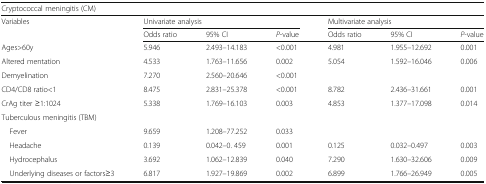
<table><thead><tr><td colspan="7"><b>Cryptococcal meningitis (CM)</b></td></tr><tr><td rowspan="2"><b>Variables</b></td><td colspan="3"><b>Univariate analysis</b></td><td colspan="3"><b>Multivariate analysis</b></td></tr><tr><td><b>Odds ratio</b></td><td><b>95% CI</b></td><td><b><i>P</i>-value</b></td><td><b>Odds ratio</b></td><td><b>95% CI</b></td><td><b><i>P</i>-value</b></td></tr></thead><tbody><tr><td>Ages&gt;60y</td><td>5.946</td><td>2.493–14.183</td><td>&lt;0.001</td><td>4.981</td><td>1.955–12.692</td><td>0.001</td></tr><tr><td>Altered mentation</td><td>4.533</td><td>1.763–11.656</td><td>0.002</td><td>5.054</td><td>1.592–16.046</td><td>0.006</td></tr><tr><td>Demyelination</td><td>7.270</td><td>2.560–20.646</td><td>&lt;0.001</td><td></td><td></td><td></td></tr><tr><td>CD4/CD8 ratio&lt;1</td><td>8.475</td><td>2.831–25.378</td><td>&lt;0.001</td><td>8.782</td><td>2.436–31.661</td><td>0.001</td></tr><tr><td>CrAg titer ≥1:1024</td><td>5.338</td><td>1.769–16.103</td><td>0.003</td><td>4.853</td><td>1.377–17.098</td><td>0.014</td></tr><tr><td colspan="7">Tuberculous meningitis (TBM)</td></tr><tr><td> Fever</td><td>9.659</td><td>1.208–77.252</td><td>0.033</td><td></td><td></td><td></td></tr><tr><td> Headache</td><td>0.139</td><td>0.042–0. 459</td><td>0.001</td><td>0.125</td><td>0.032–0.497</td><td>0.003</td></tr><tr><td> Hydrocephalus</td><td>3.692</td><td>1.062–12.839</td><td>0.040</td><td>7.290</td><td>1.630–32.606</td><td>0.009</td></tr><tr><td> Underlying diseases or factors≥3</td><td>6.817</td><td>1.927–19.869</td><td>0.002</td><td>6.899</td><td>1.766–26.949</td><td>0.005</td></tr></tbody></table>